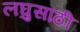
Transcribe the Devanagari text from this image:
लघुसाठी